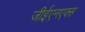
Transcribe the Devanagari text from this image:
जीईएनएक्स